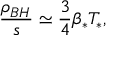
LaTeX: \frac { \rho _ { B H } } { s } \simeq \frac { 3 } { 4 } \beta _ { * } T _ { * } ,